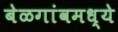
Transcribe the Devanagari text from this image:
बेळगांवमध्ये